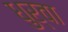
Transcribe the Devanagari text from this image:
धुर्वा